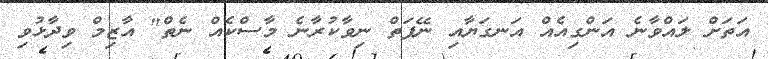
އަތަށް ލައްވާނެ އަންގިއެއް އަނގަޔާއި ނޭފަތް ނިވާކުރާނެ މާސްކެއް ނެތް" އާޒިމް ވިދާޅުވި